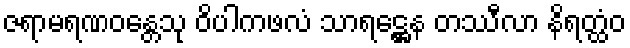
ဇရာမရဏဝန္တေသု ဝိပါကဖလံ သာရဋ္ဌေန တဿီလာ နိရတ္ထံဝ